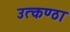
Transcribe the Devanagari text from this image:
उत्‍कण्‍ठा